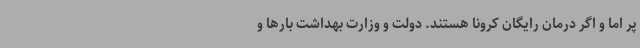
پر اما و اگر درمان رایگان کرونا هستند. دولت و وزارت بهداشت بارها و